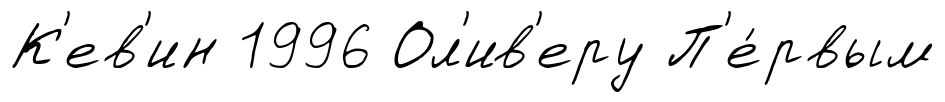
К'ев'ин 1996 Ол'ив'еру П'е́рвым